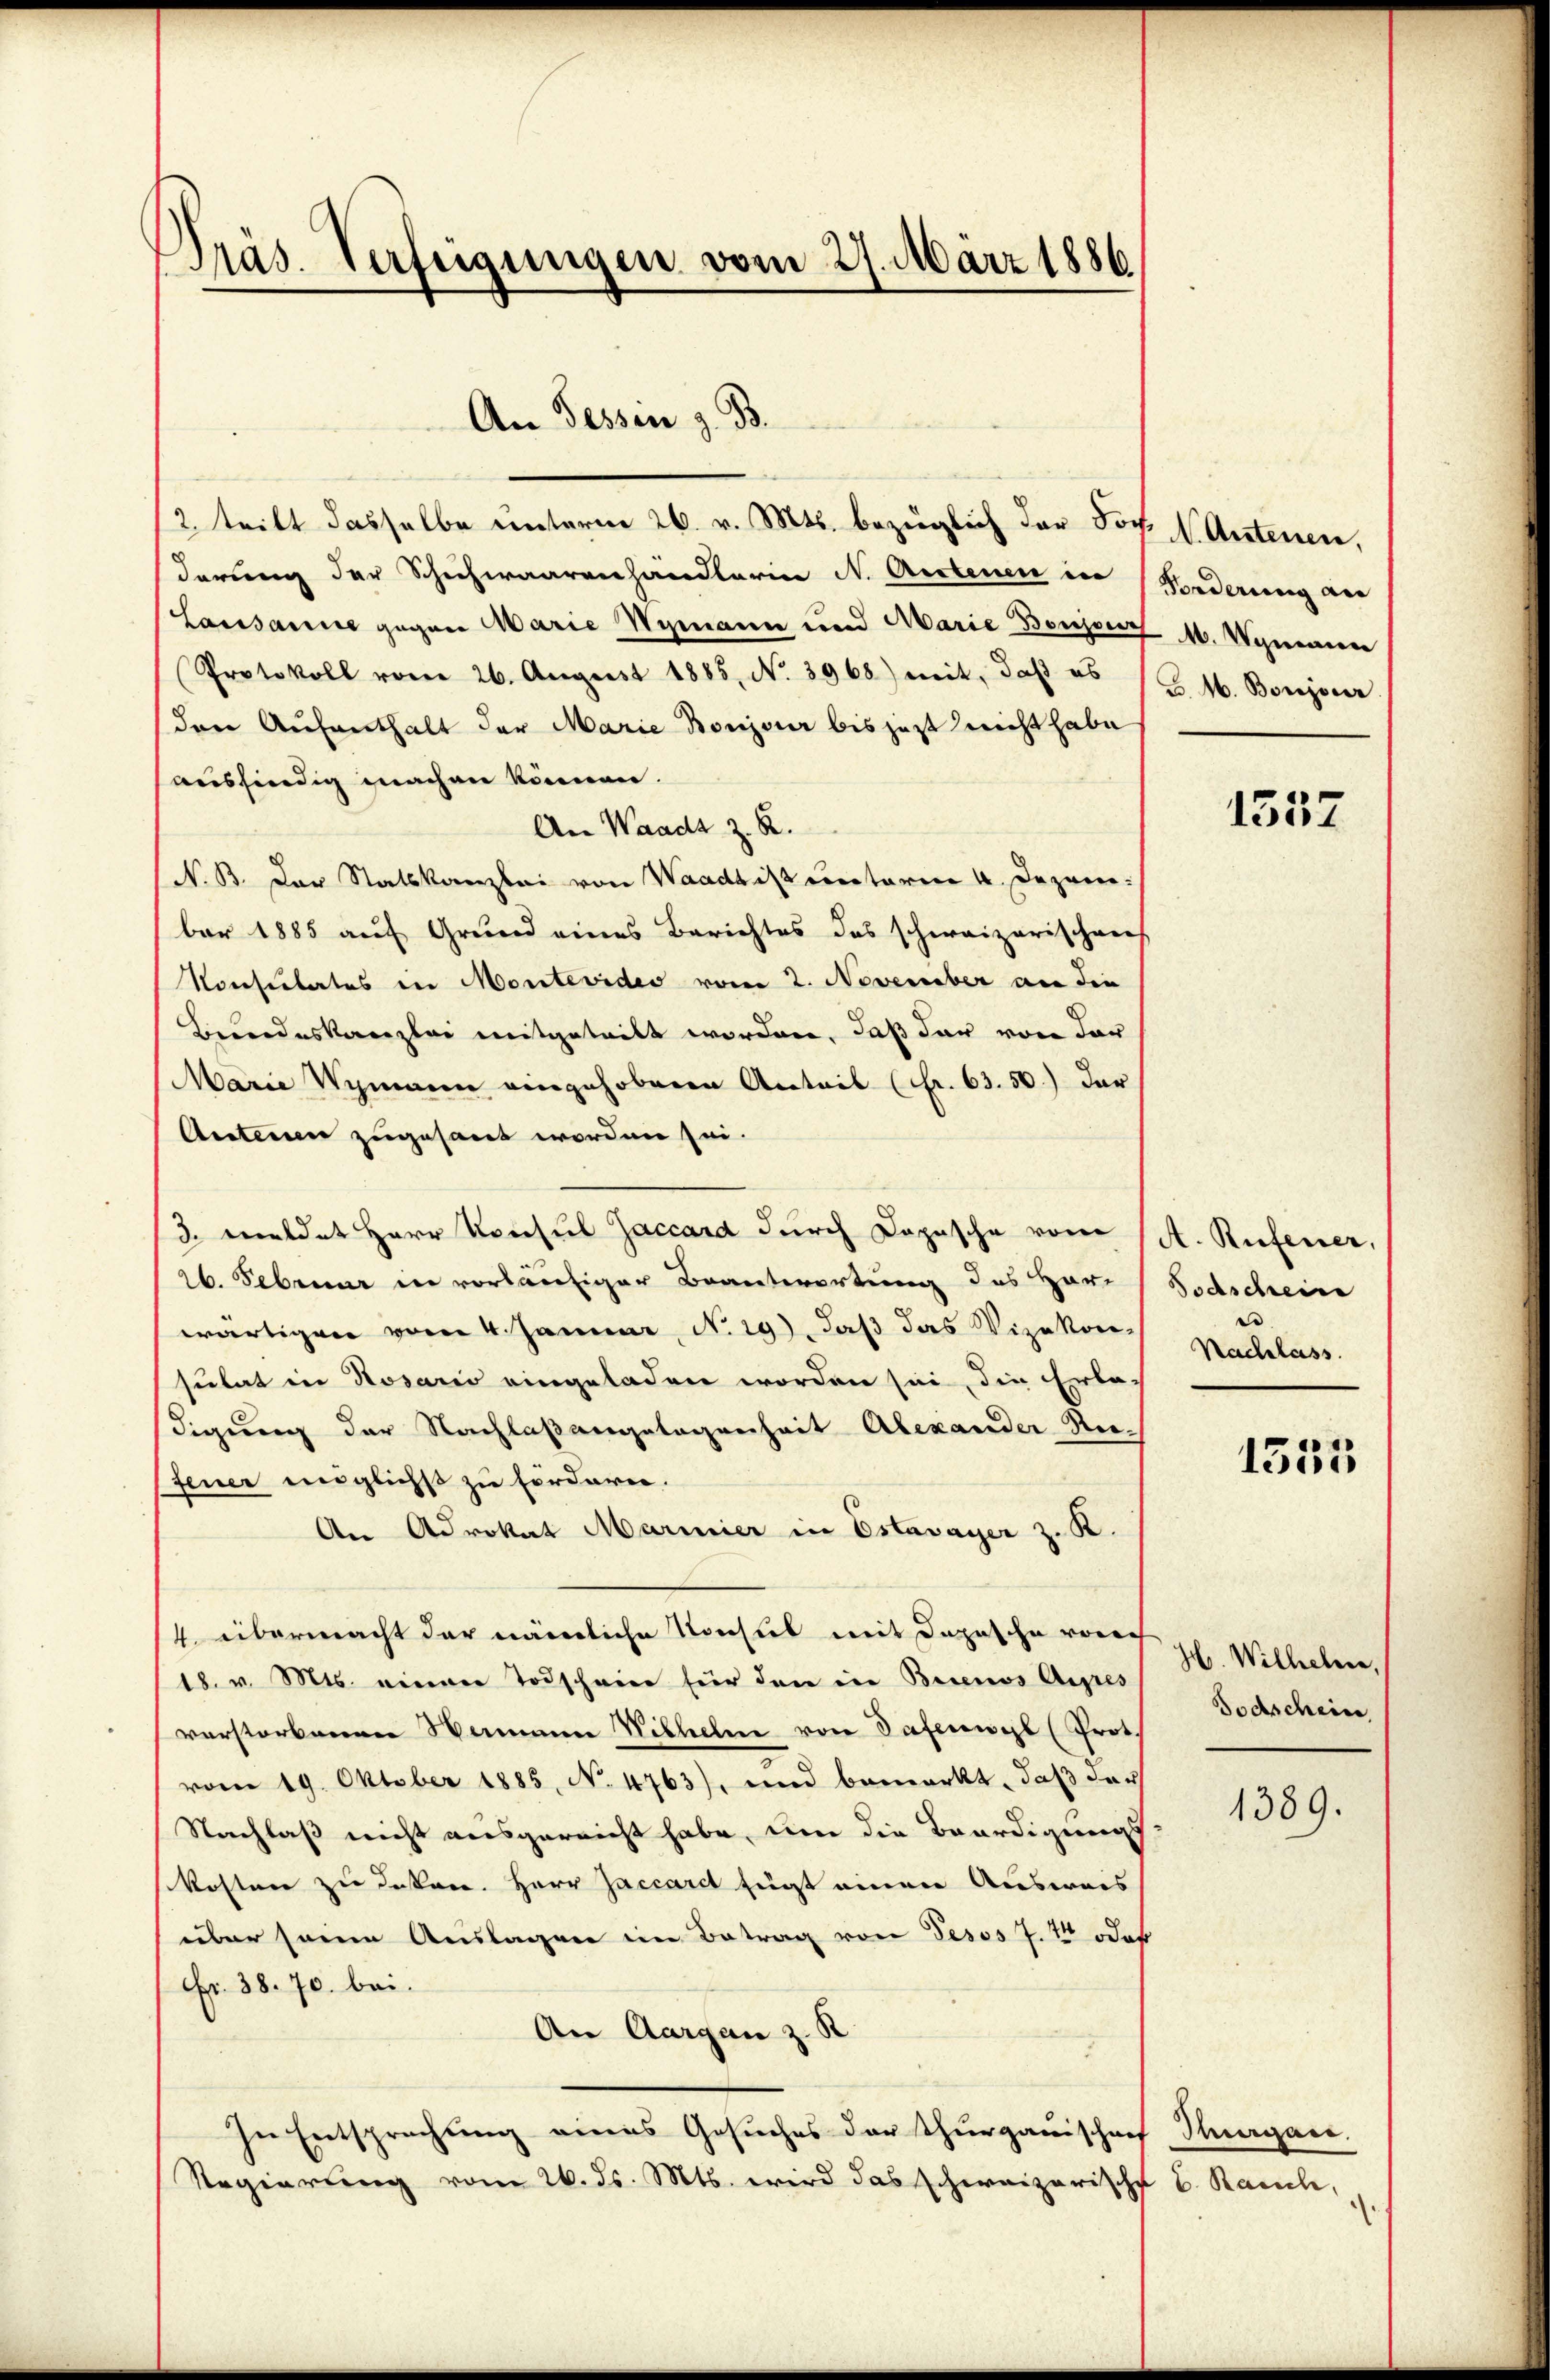
Präs. Verfügungen vom 27. März 1886

An Tessin z. B.

/2 teilt dasselbe unterne 26. v. Mts. bezüglich der Jos. 1 Artenen,
derung der Schichwaarenhändlerin N. Actenen in Forderung an
Laissance gegen Marie Wymann und Marie Benzoesz 1. Wemaniere
Protokoll vom 26. August 1885, No. 3968) mit, daß es (Z. M. Bonzover
(den Aufenthalt der Marie Boujour bis jezt nicht habe
ausfindig machen können.
An Waadt z. R.
(N. B. Der Statskanzlei von Waadt ist unterm 4. Dezembar 1885 auf Grund eines Berichtes das schweizerischens
Konsulates in Montevides vom 2. November an die
Bundeskanzlei mitgeteilt worden, daß dar von der
Marie Wymann eingehobenen Anteil (Fr. 63. 50.) Der
Anteien zugesant worden sei.
3. meldet Herr Konsul Jaccard durch Dopische vom (A. Rufener,
26. Februar in vorläufiger Beantwortung des Herr Todschein
wärtigen vom 4. Januar, No 129), daß das Vizekon-
sulat in Rosario eingeladen worden sei, die Erlac
digung der Nachlaßangelegenheit Alexander-Refeuer englichst zu fordern.
An Advokat Marmier in Estavayer z. K.
4. übermacht der nämliche Konsul mit Depesche vorsch
18. v. Mts. einer Todschein für den in Buenos Appres
verstorbenen Stammen Wilhelm von Taferwyl (Prot.
vom 19. Oktober 1885, No 4763), und bemerkt, daß das
Nachlaß nicht ausgereicht habe, um die Beerdigungs-
kosten zu deken. Herr Jaccarct fügt einen Ausweis
über seine Auslagen im Betrag von Tesos 7. 10 oder
Fr. 38. 70. bei.
An Aargau z. R
In Entsprechung eines Gesuches der Thurgauischaf
Regierung vom 26. ds. Mts. wird das schweizerische B. Rauch,

1357

e
Nachlass

1335

H. Wilhelm,
Todschein

1389.

Thurgau.